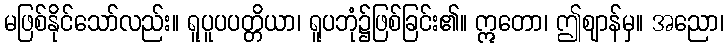
မဖြစ်နိုင်သော်လည်း။ ရူပူပပတ္တိယာ၊ ရူပဘုံ၌ဖြစ်ခြင်း၏။ ဣတော၊ ဤဈာန်မှ။ အညော၊